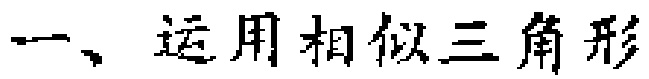
一、运用相似三角形